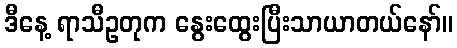
ဒီနေ့ ရာသီဥတုက နွေးထွေးပြီးသာယာတယ်နော်။